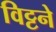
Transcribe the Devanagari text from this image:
विट्टने